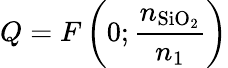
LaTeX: Q=F\left(0;\frac{n_{\mathrm{SiO_{2}}}}{n_{1}}\right)